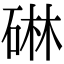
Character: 碄